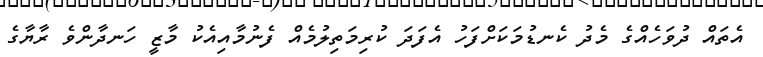
އެތައް ދުވަހެއްގެ މެދު ކެނޑުމަކަށްފަހު އެފަދަ ކުރިމަތިލުމެއް ފެނުމާއިއެކު މާޒީ ހަނދާންވެ ރާޔާގެ